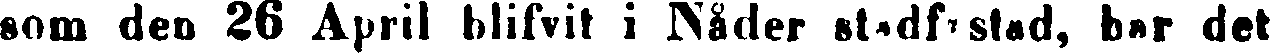
som den 26 April blifvit i Nåder stadf:stad, bar det